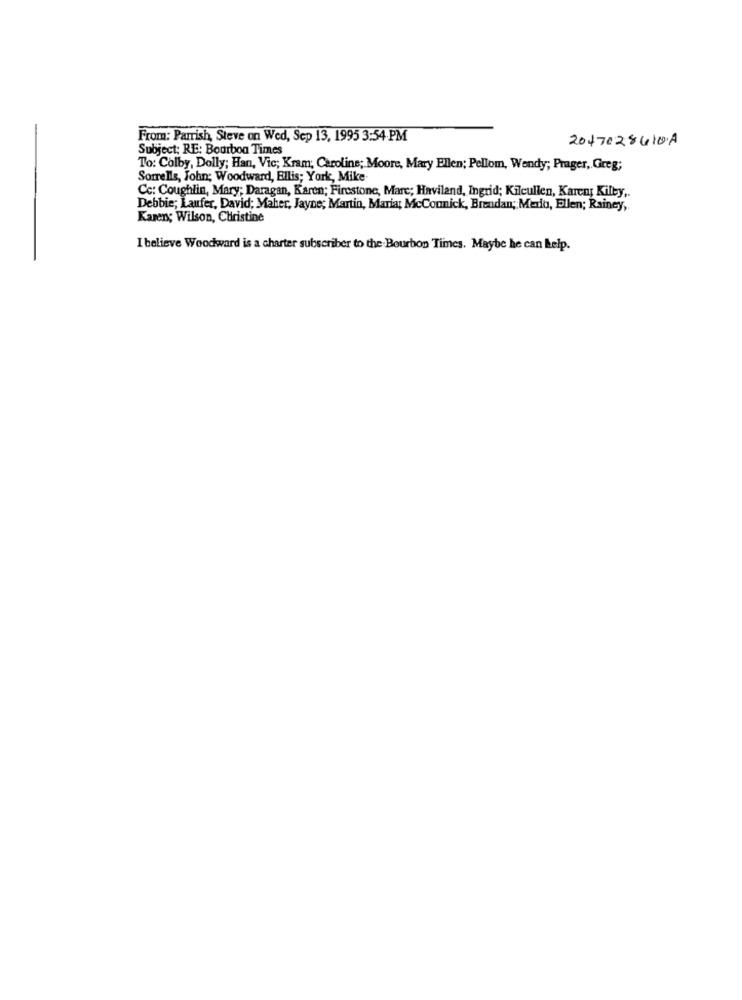
From: Parrish, Steve on Wed, Sep 13, 1995 3:54 PM
2047028410.A
Subject: RE: Bourbon Times
To: Colby, Dolly; Han, Vic; Kram; Caroline; Moore, Mary Ellen; Pellom, Wendy; Prager, Greg;
Sorrells, John; Woodward, Ellis; York, Mike
Cc: Coughlin, Mary; Daragan, Karen; Firestone, Mare; Haviland, Ingrid; Kilcullen, Karen; Kilby ,.
Debbie; Laufer, David; Maher, Jayne; Martin, Maria; McConnick, Brendan; Media, Ellen; Rainey,
Karen; Wilson, Christine
I believe Woodward is a charter subscriber to the Bourbon Times. Maybe he can kelp.